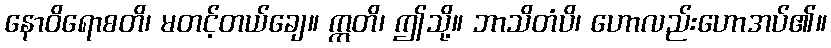
နောဝိရောစတိ၊ မတင့်တယ်ချေ။ ဣတိ၊ ဤသို့။ ဘာသိတံပိ၊ ဟောလည်းဟောအပ်၏။